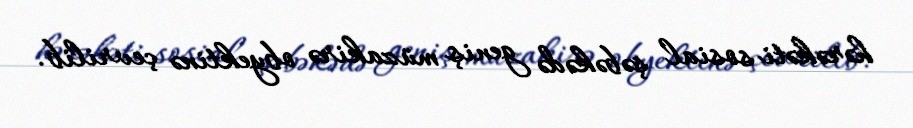
hərəkəti sosial şəbəkədə geniş müzakirə obyektinə çevrilib.